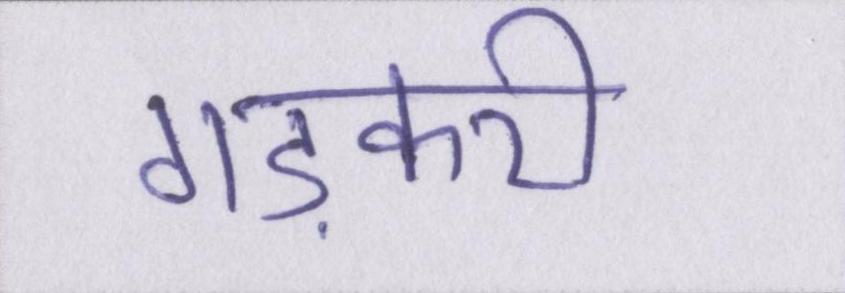
गड़करी